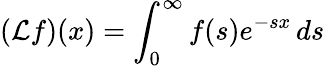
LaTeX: ({\mathcal{L}}f)(x)=\int_{0}^{\infty}f(s)e^{-sx}\, ds